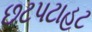
છટપટાહટ